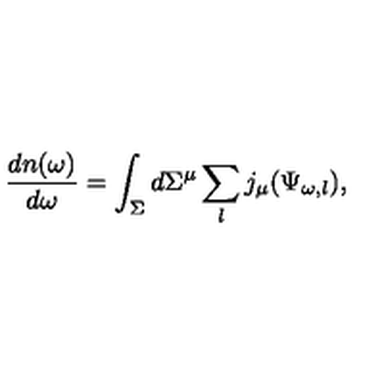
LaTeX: { \frac { d n ( \omega ) } { d \omega } } = \int _ { \Sigma } d \Sigma ^ { \mu } \sum _ { l } j _ { \mu } ( \Psi _ { \omega , l } ) ,